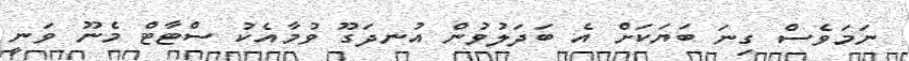
ނަމަވެސް ގިނަ ބަޔަކަށް އެ ބަދަލުވުން އުނދަގޫ ވުމާއެކު ސްޓާޓް މެނޫ ވަނީ